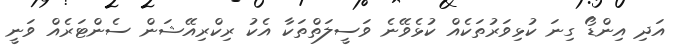
އަދި އިންޑޯ ގިނަ ކުޅިވަރުތަކެއް ކުޅެވޭނެ ވަސީލަތްތަކާ އެކު ރިކްރިއޭޝަން ސެންޓަރެއް ވަނީ